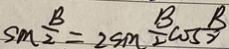
S _ { m } \frac { B } { 2 } = 2 s m \frac { B } { 2 } \cos \frac { B } { 2 }